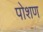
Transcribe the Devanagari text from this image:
पोशण